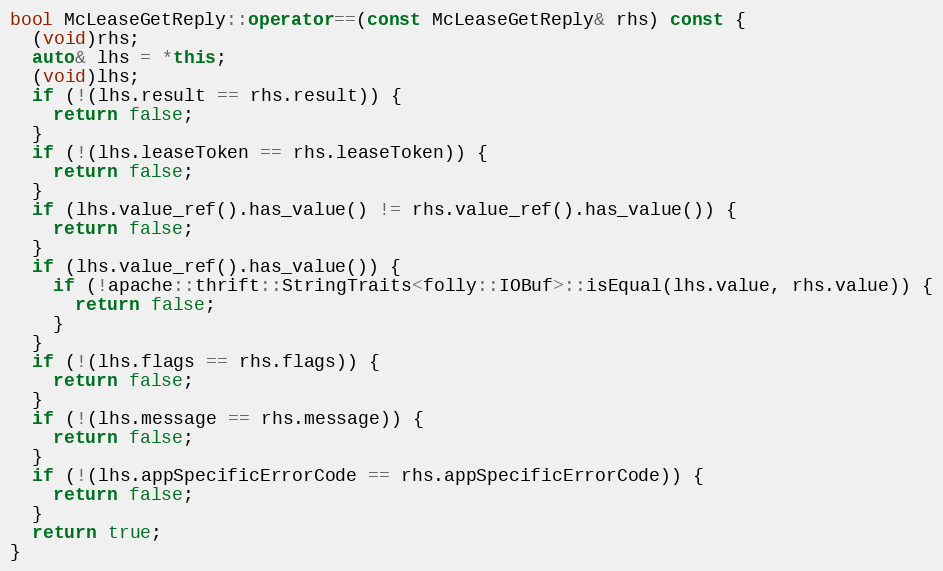
Language: C++
bool McLeaseGetReply::operator==(const McLeaseGetReply& rhs) const {
  (void)rhs;
  auto& lhs = *this;
  (void)lhs;
  if (!(lhs.result == rhs.result)) {
    return false;
  }
  if (!(lhs.leaseToken == rhs.leaseToken)) {
    return false;
  }
  if (lhs.value_ref().has_value() != rhs.value_ref().has_value()) {
    return false;
  }
  if (lhs.value_ref().has_value()) {
    if (!apache::thrift::StringTraits<folly::IOBuf>::isEqual(lhs.value, rhs.value)) {
      return false;
    }
  }
  if (!(lhs.flags == rhs.flags)) {
    return false;
  }
  if (!(lhs.message == rhs.message)) {
    return false;
  }
  if (!(lhs.appSpecificErrorCode == rhs.appSpecificErrorCode)) {
    return false;
  }
  return true;
}